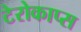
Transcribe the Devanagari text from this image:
टेरोकाप्स